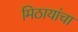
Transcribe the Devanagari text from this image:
मिठायांचा